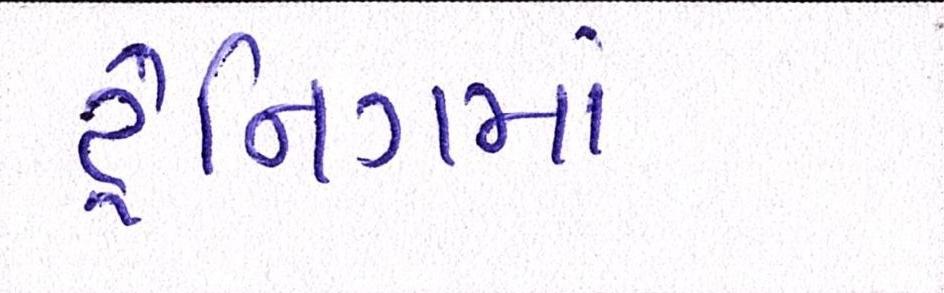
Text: ટ્રેનિગમા